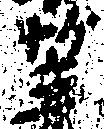
笠